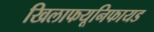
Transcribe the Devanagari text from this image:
खिलाफयूनिफायड